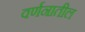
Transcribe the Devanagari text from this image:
वर्णनातील